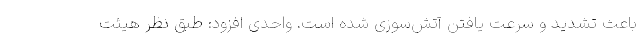
باعث تشدید و سرعت یافتن آتش‌سوزی شده است. واحدی افزود: طبق نظر هیئت